Vaccination in Bombay 1874-1876 - 1874-1876
Year: 1874
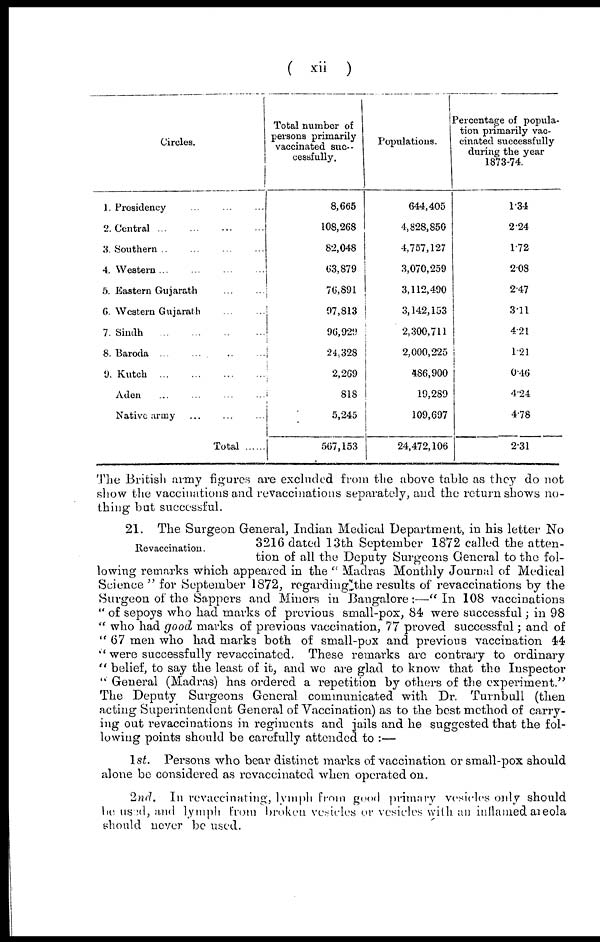
( xii )
Circles.
1. Presidency ......
2. Central
3. Southern .........
4. Western .........
5. Eastern Gujarath ...
6. Western Gujarath
7. Sindh
8. Baroda .........
9. Kutch
Aden .........
Native army .........
Total......
Total number of
persons primarily
vaccinated suc-
cessfully.
8,665
108,268
82,048
63,879
76,891
97,813
96,920
24,328
2,269
818
5,245
567,153
Populations.
644,405
4,828,850
4,757,127
3,070,259
3,112,490
3,142,153
2,300,711
2,000,225
486,900
19,289
109,697
24,472,106
Percentage of popula-
tion primarily vac-
cinated successfully
during the year
1873-74.
1.34
2.24
1.72
2.08
2.47
3.11
4.21
1.21
0.46
4.24
4.78
2.31
The British army figures are excluded from the above table as they do not
show the vaccinations and revaccinations separately, and the return shows no-
thing but successful.
Revaccination.
21. The Surgeon General, Indian Medical Department, in his letter No
3216 dated 13th September 1872 called the atten-
tion of all the Deputy Surgeons General to the fol-
lowing remarks which appeared in the " Madras Monthly Journal of Medical
Science " for September 1872, regarding the results of revaccinations by the
Surgeon of the Sappers and Miners in Bangalore:—"In 108 vaccinations
" of sepoys who had marks of previous small-pox, 84 were successful; in 98
" who had good marks of previous vaccination, 77 proved successful; and of
" 67 men who had marks both of small-pox and previous vaccination 44
" were successfully revaccinated. These remarks are contrary to ordinary
" belief, to say the least of it, and we are glad to know that the Inspector
" General (Madras) has ordered a repetition by others of the experiment."
The Deputy Surgeons General communicated with Dr. Turnbull (then
acting Superintendent General of Vaccination) as to the best method of carry-
ing out revaccinations in regiments and jails and he suggested that the fol-
lowing points should be carefully attended to :—
1st. Persons who bear distinct marks of vaccination or small-pox should
alone be considered as revaccinated when operated on.
2nd. In revaccinating, lymph from good primary vesicles only should
be used, and lymph from broken vesicles or vesicles, with an inflamed areola
should never be used.